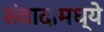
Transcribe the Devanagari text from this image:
संवादामध्ये